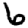
Digit: 6